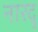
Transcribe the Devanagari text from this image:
नारदू